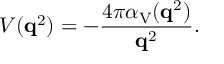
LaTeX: V ( { \bf q } ^ { 2 } ) = - \frac { 4 \pi \alpha _ { \mathrm { V } } ( { \bf q } ^ { 2 } ) } { { \bf q } ^ { 2 } } .